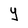
Character: Y